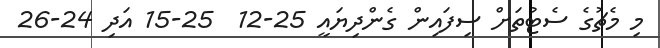
މި މެޗުގެ ސެޓުތަށް ސިފައިން ގެންދިޔައީ 25-12  25-15 އަދި 24-26